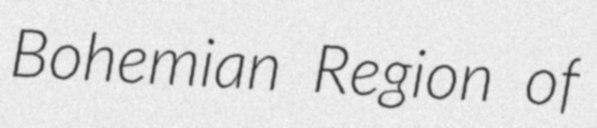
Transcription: Bohemian Region of